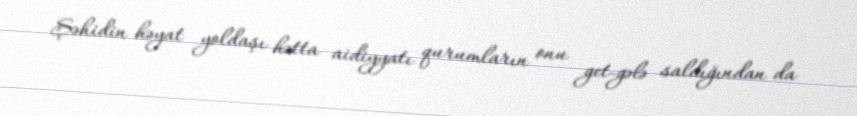
Şəhidin həyat yoldaşı hətta aidiyyatı qurumların onu get-gələ saldığından da